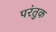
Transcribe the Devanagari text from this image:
परंतुक